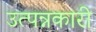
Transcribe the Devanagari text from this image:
उत्पन्नकारी